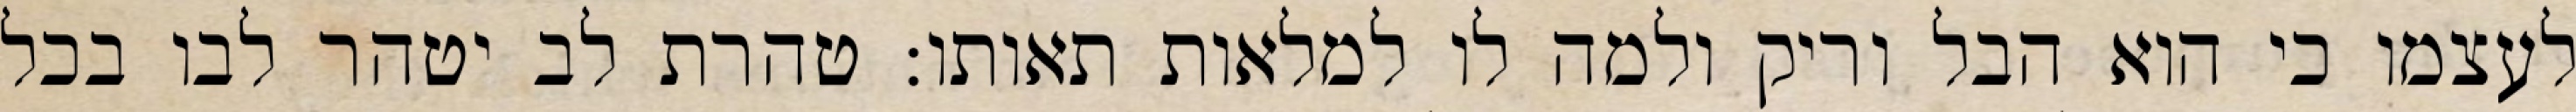
לעצמו כי הוא הבל וריק ולמה לו למלאות תאותו: טהרת לב יטהר לבו בכל